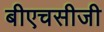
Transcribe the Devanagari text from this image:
बीएचसीजी